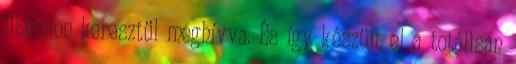
libtoolon keresztül meghívva. És így készült el a totálisan